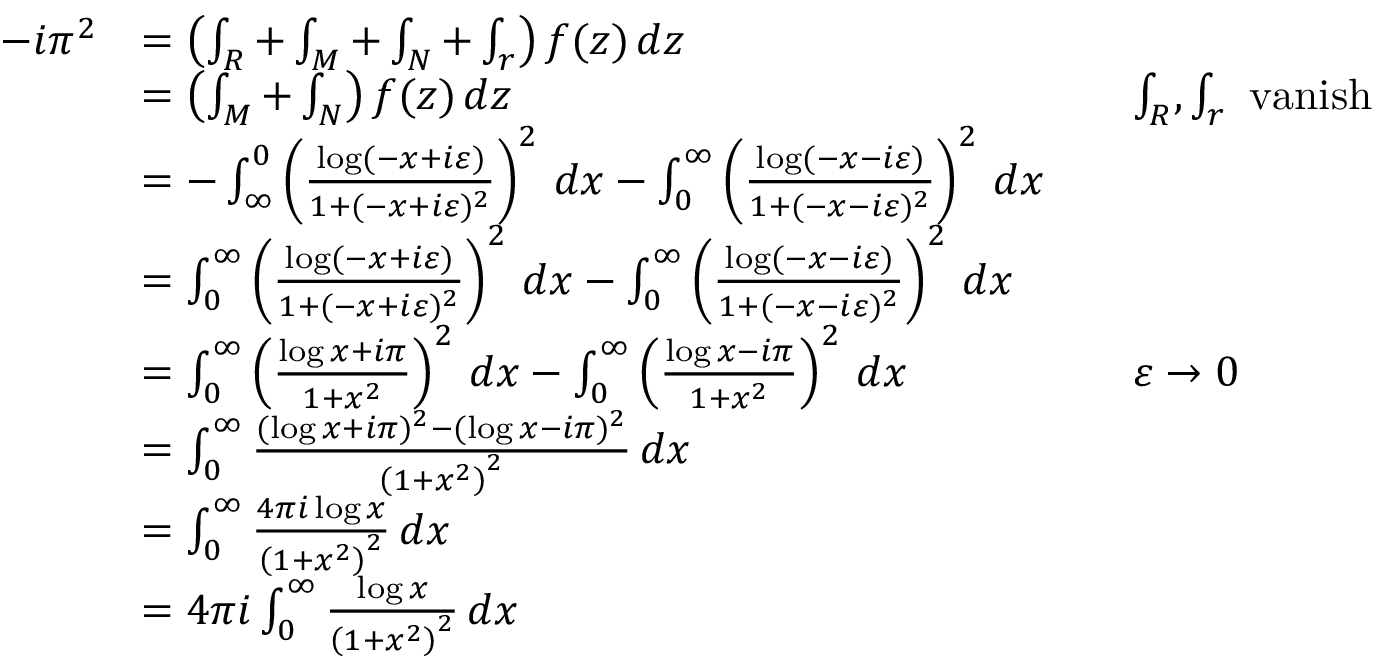
{ \begin{array} { r l r l } { - i \pi ^ { 2 } } & { = \left( \int _ { R } + \int _ { M } + \int _ { N } + \int _ { r } \right) f ( z ) \, d z } \\ & { = \left( \int _ { M } + \int _ { N } \right) f ( z ) \, d z } & & { \int _ { R } , \int _ { r } { \mathrm { ~ v a n i s h } } } \\ & { = - \int _ { \infty } ^ { 0 } \left( { \frac { \log ( - x + i \varepsilon ) } { 1 + ( - x + i \varepsilon ) ^ { 2 } } } \right) ^ { 2 } \, d x - \int _ { 0 } ^ { \infty } \left( { \frac { \log ( - x - i \varepsilon ) } { 1 + ( - x - i \varepsilon ) ^ { 2 } } } \right) ^ { 2 } \, d x } \\ & { = \int _ { 0 } ^ { \infty } \left( { \frac { \log ( - x + i \varepsilon ) } { 1 + ( - x + i \varepsilon ) ^ { 2 } } } \right) ^ { 2 } \, d x - \int _ { 0 } ^ { \infty } \left( { \frac { \log ( - x - i \varepsilon ) } { 1 + ( - x - i \varepsilon ) ^ { 2 } } } \right) ^ { 2 } \, d x } \\ & { = \int _ { 0 } ^ { \infty } \left( { \frac { \log x + i \pi } { 1 + x ^ { 2 } } } \right) ^ { 2 } \, d x - \int _ { 0 } ^ { \infty } \left( { \frac { \log x - i \pi } { 1 + x ^ { 2 } } } \right) ^ { 2 } \, d x } & & { \varepsilon \to 0 } \\ & { = \int _ { 0 } ^ { \infty } { \frac { ( \log x + i \pi ) ^ { 2 } - ( \log x - i \pi ) ^ { 2 } } { \left( 1 + x ^ { 2 } \right) ^ { 2 } } } \, d x } \\ & { = \int _ { 0 } ^ { \infty } { \frac { 4 \pi i \log x } { \left( 1 + x ^ { 2 } \right) ^ { 2 } } } \, d x } \\ & { = 4 \pi i \int _ { 0 } ^ { \infty } { \frac { \log x } { \left( 1 + x ^ { 2 } \right) ^ { 2 } } } \, d x } \end{array} }